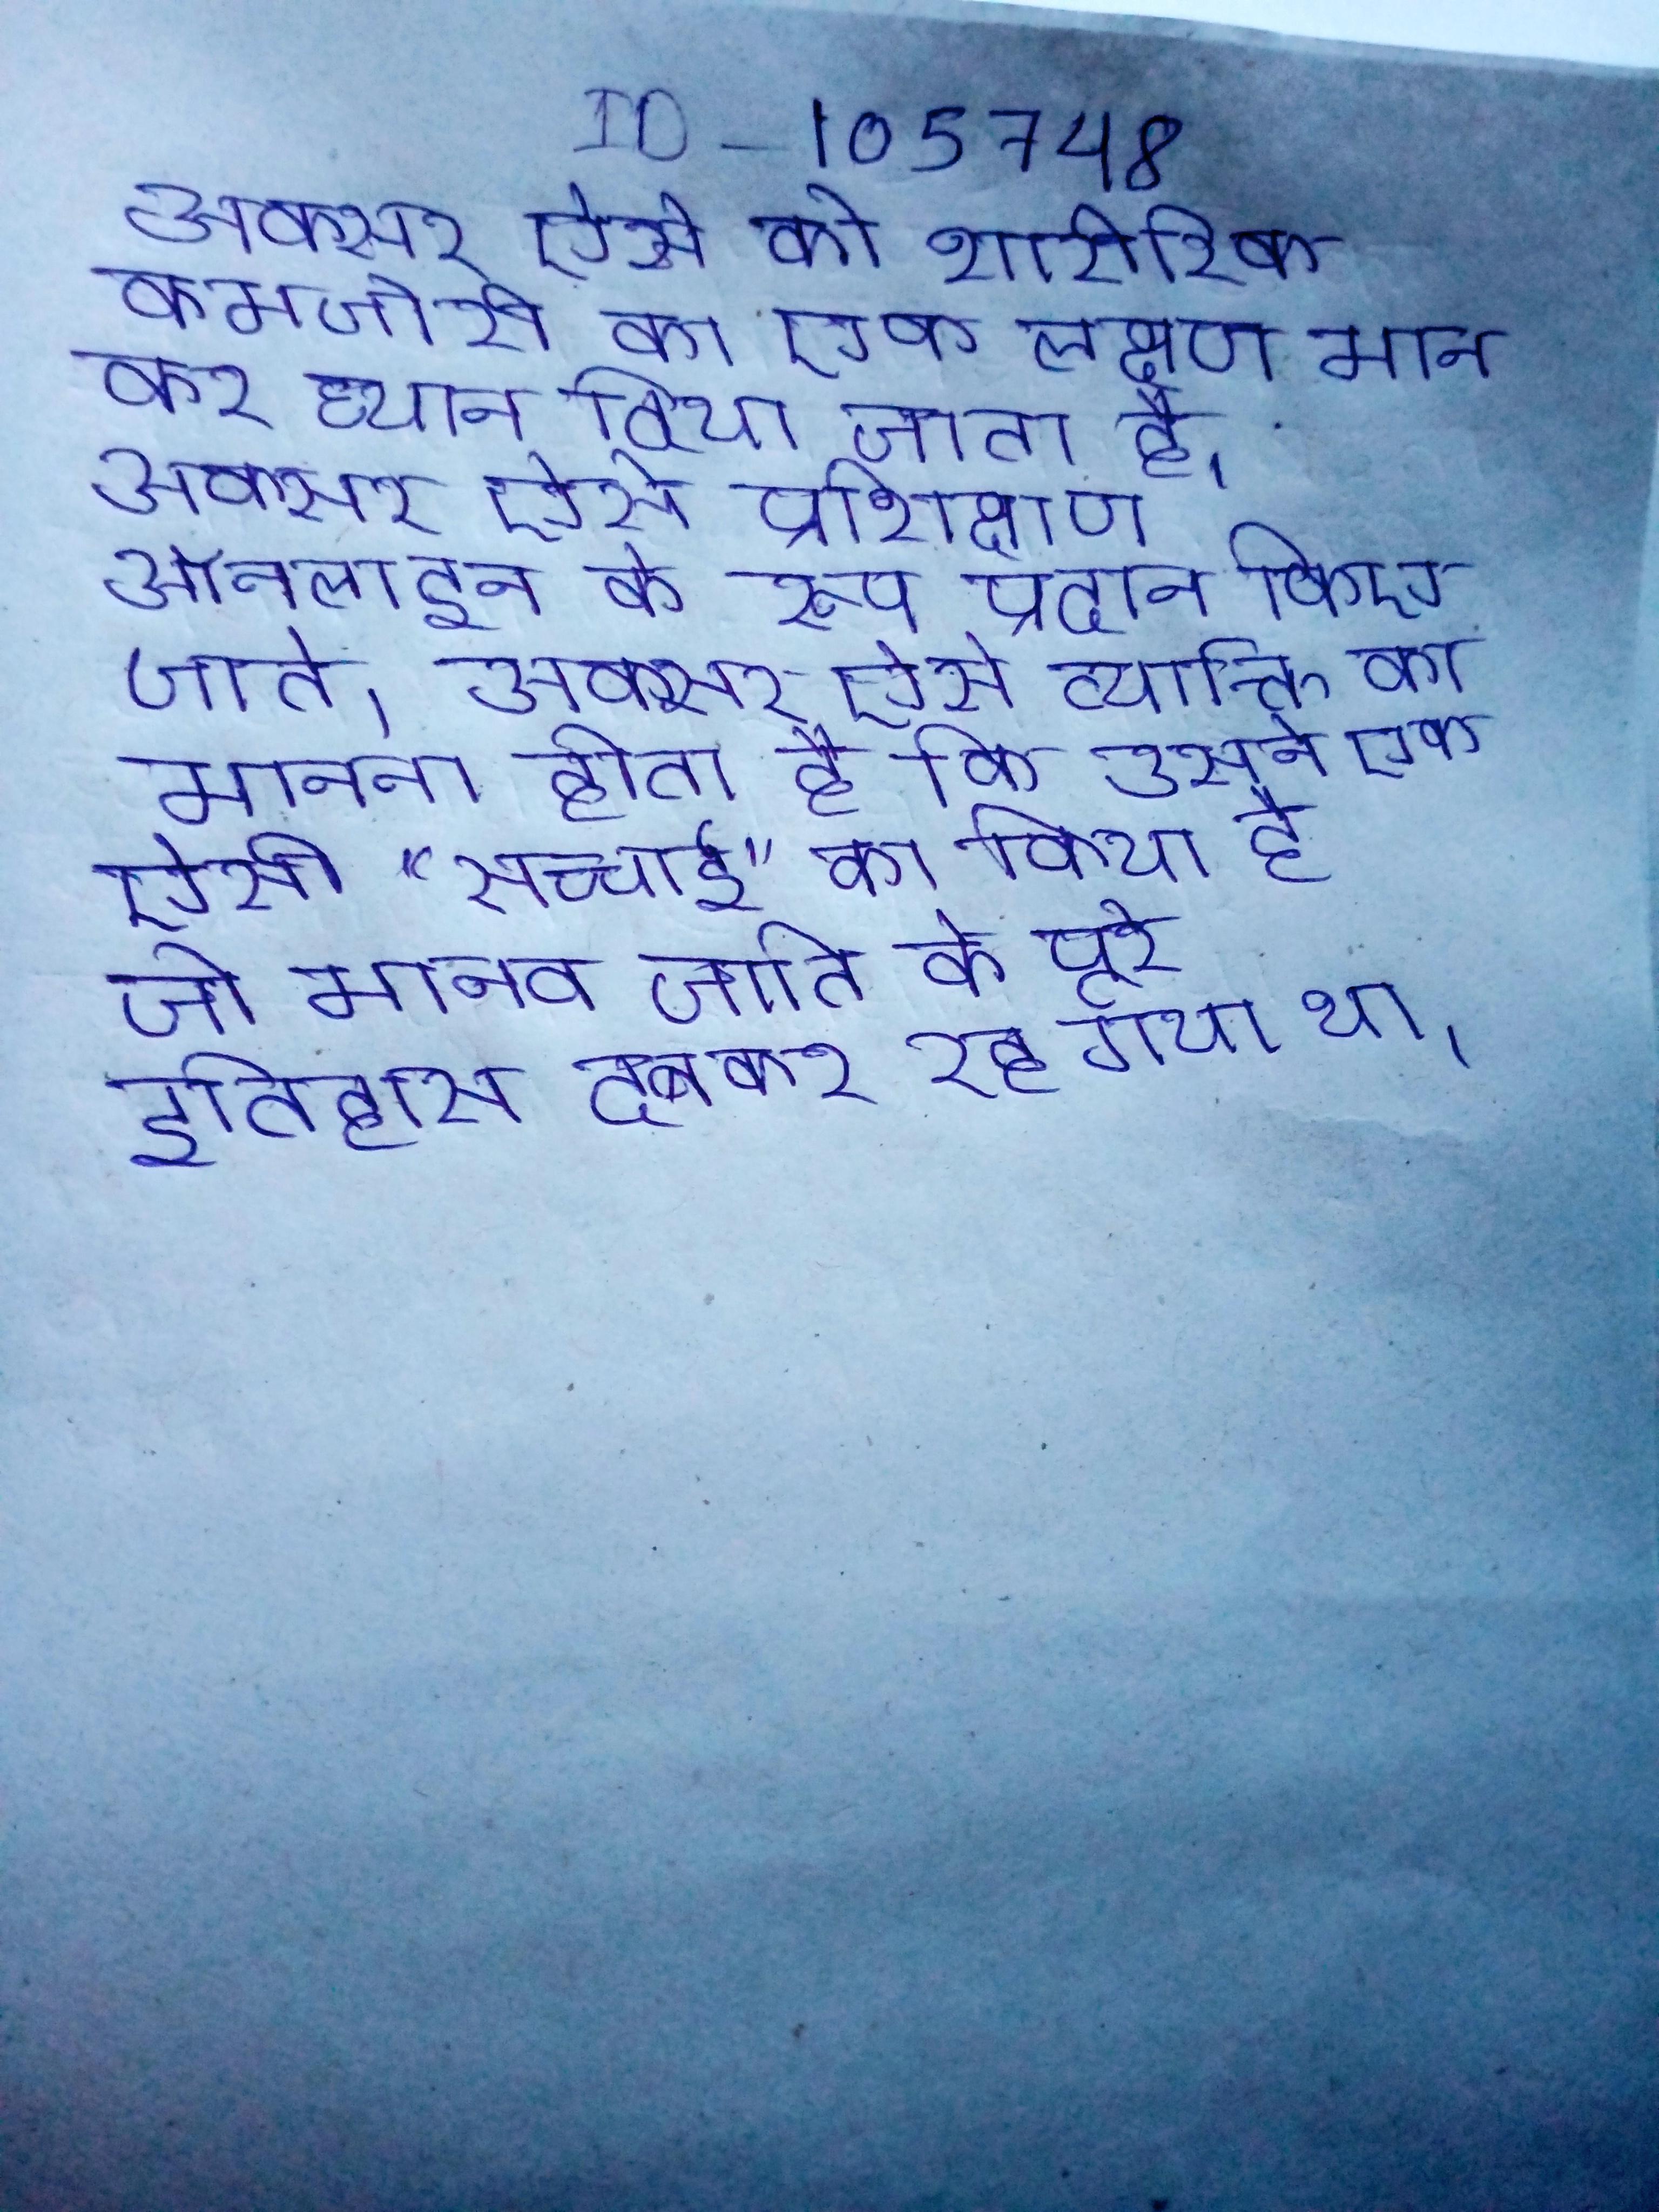
अक्सर ऐसे को शारीरिक कमजोरी का एक लक्षण मान कर ध्यान दिया जाता है । अक्सर ऐसे प्रशिक्षण ऑनलाइन के रूप प्रदान किए जाते । अक्सर ऐसे को की सलाह दी जाती है । अक्सर ऐसे व्यक्ति का मानना होता है कि उसने एक ऐसी "सच्चाई" का किया है जो मानव जाति के पूरे इतिहास दबकर रह गया था ।